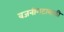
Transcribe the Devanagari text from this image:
वजनीगटासाठी